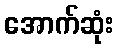
အောက်ဆုံး